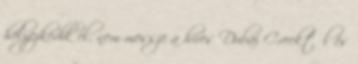
helyezkedik el, nem messze a híres Dubai Creektől és